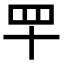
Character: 𦉴